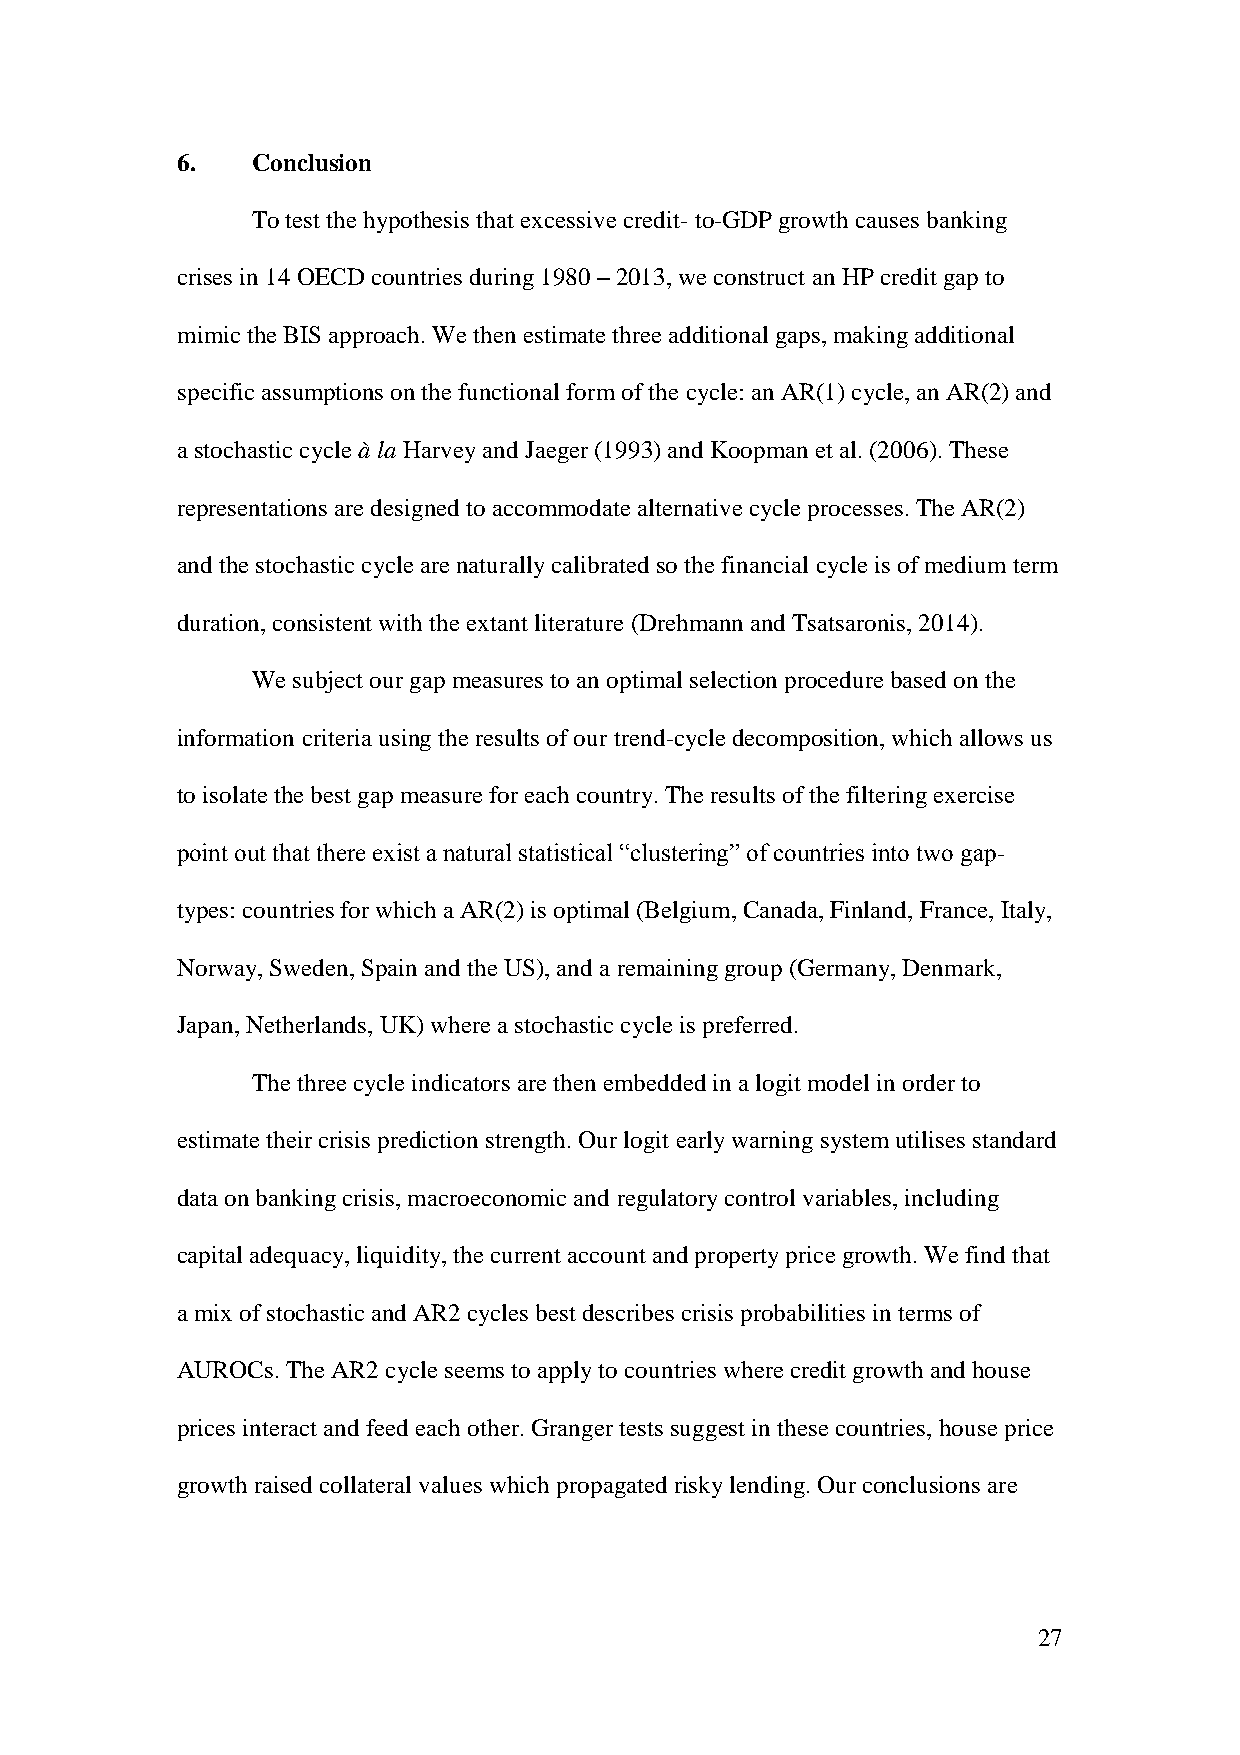
6.   Conclusion
 To test the hypothesis that excessive credit- to-GDP growth causes banking
 crises in 14 OECD countries during 1980 – 2013, we construct an HP credit gap to
 mimic the BIS approach. We then estimate three additional gaps, making additional
 specific assumptions on the functional form of the cycle: an AR(1) cycle, an AR(2) and
 a stochastic cycle à la Harvey and Jaeger (1993) and Koopman et al. (2006). These
 representations are designed to accommodate alternative cycle processes. The AR(2)
 and the stochastic cycle are naturally calibrated so the financial cycle is of medium term
 duration, consistent with the extant literature (Drehmann and Tsatsaronis, 2014).
 We subject our gap measures to an optimal selection procedure based on the
 information criteria using the results of our trend-cycle decomposition, which allows us
 to isolate the best gap measure for each country. The results of the filtering exercise
 point out that there exist a natural statistical “clustering” of countries into two gap-
 types: countries for which a AR(2) is optimal (Belgium, Canada, Finland, France, Italy,
 Norway, Sweden, Spain and the US), and a remaining group (Germany, Denmark,
 Japan, Netherlands, UK) where a stochastic cycle is preferred.
 The three cycle indicators are then embedded in a logit model in order to
 estimate their crisis prediction strength. Our logit early warning system utilises standard
 data on banking crisis, macroeconomic and regulatory control variables, including
 capital adequacy, liquidity, the current account and property price growth. We find that
 a mix of stochastic and AR2 cycles best describes crisis probabilities in terms of
 AUROCs. The AR2 cycle seems to apply to countries where credit growth and house
 prices interact and feed each other. Granger tests suggest in these countries, house price
 growth raised collateral values which propagated risky lending. Our conclusions are
 27